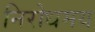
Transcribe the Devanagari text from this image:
निरोधमय